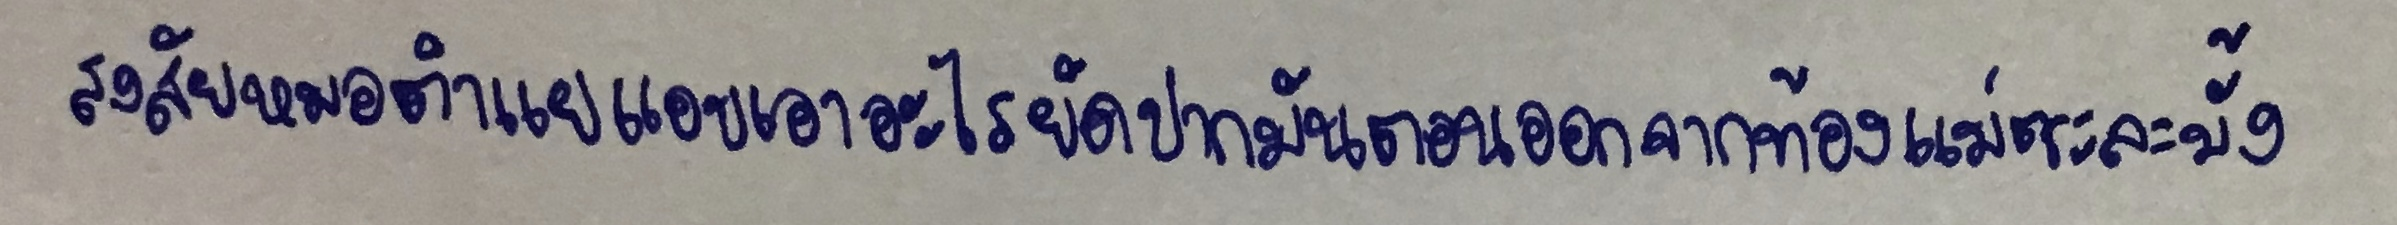
สงสัยหมอตำแยแอบเอาอะไรยัดปากมันตอนออกจากท้องแม่ซะละมั้ง